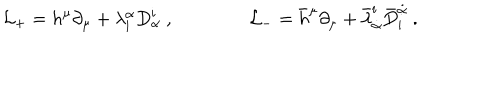
{ \mathcal L } _ { + } = h ^ { \mu } \partial _ { \mu } + \lambda _ { \mathbf i } ^ { \alpha } D _ { \alpha } ^ { \mathbf i } \ , \qquad \qquad { \mathcal L } _ { - } = { \bar { h } } ^ { \mu } \partial _ { \mu } + { \bar { \lambda } } _ { \dot { \alpha } } ^ { \mathbf i } { \bar { D } } _ { \mathbf i } ^ { \dot { \alpha } } \ .